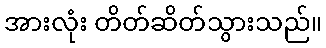
အားလုံး တိတ်ဆိတ်သွားသည်။